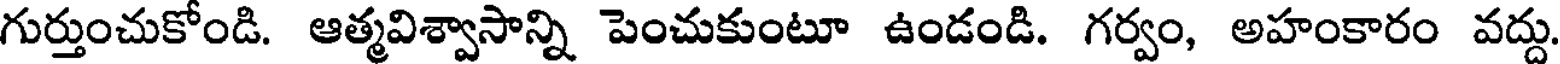
గుర్తుంచుకోండి. ఆత్మవిశ్వాసాన్ని పెంచుకుంటూ ఉండండి. గర్వం, అహంకారం వద్దు